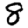
Digit: 8